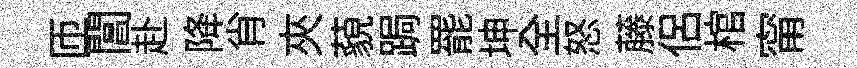
匝閶赴降肖夾藐跼罷坤全怒藤侶棺甯